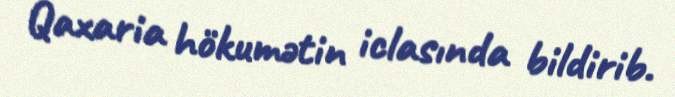
Qaxaria hökumətin iclasında bildirib.